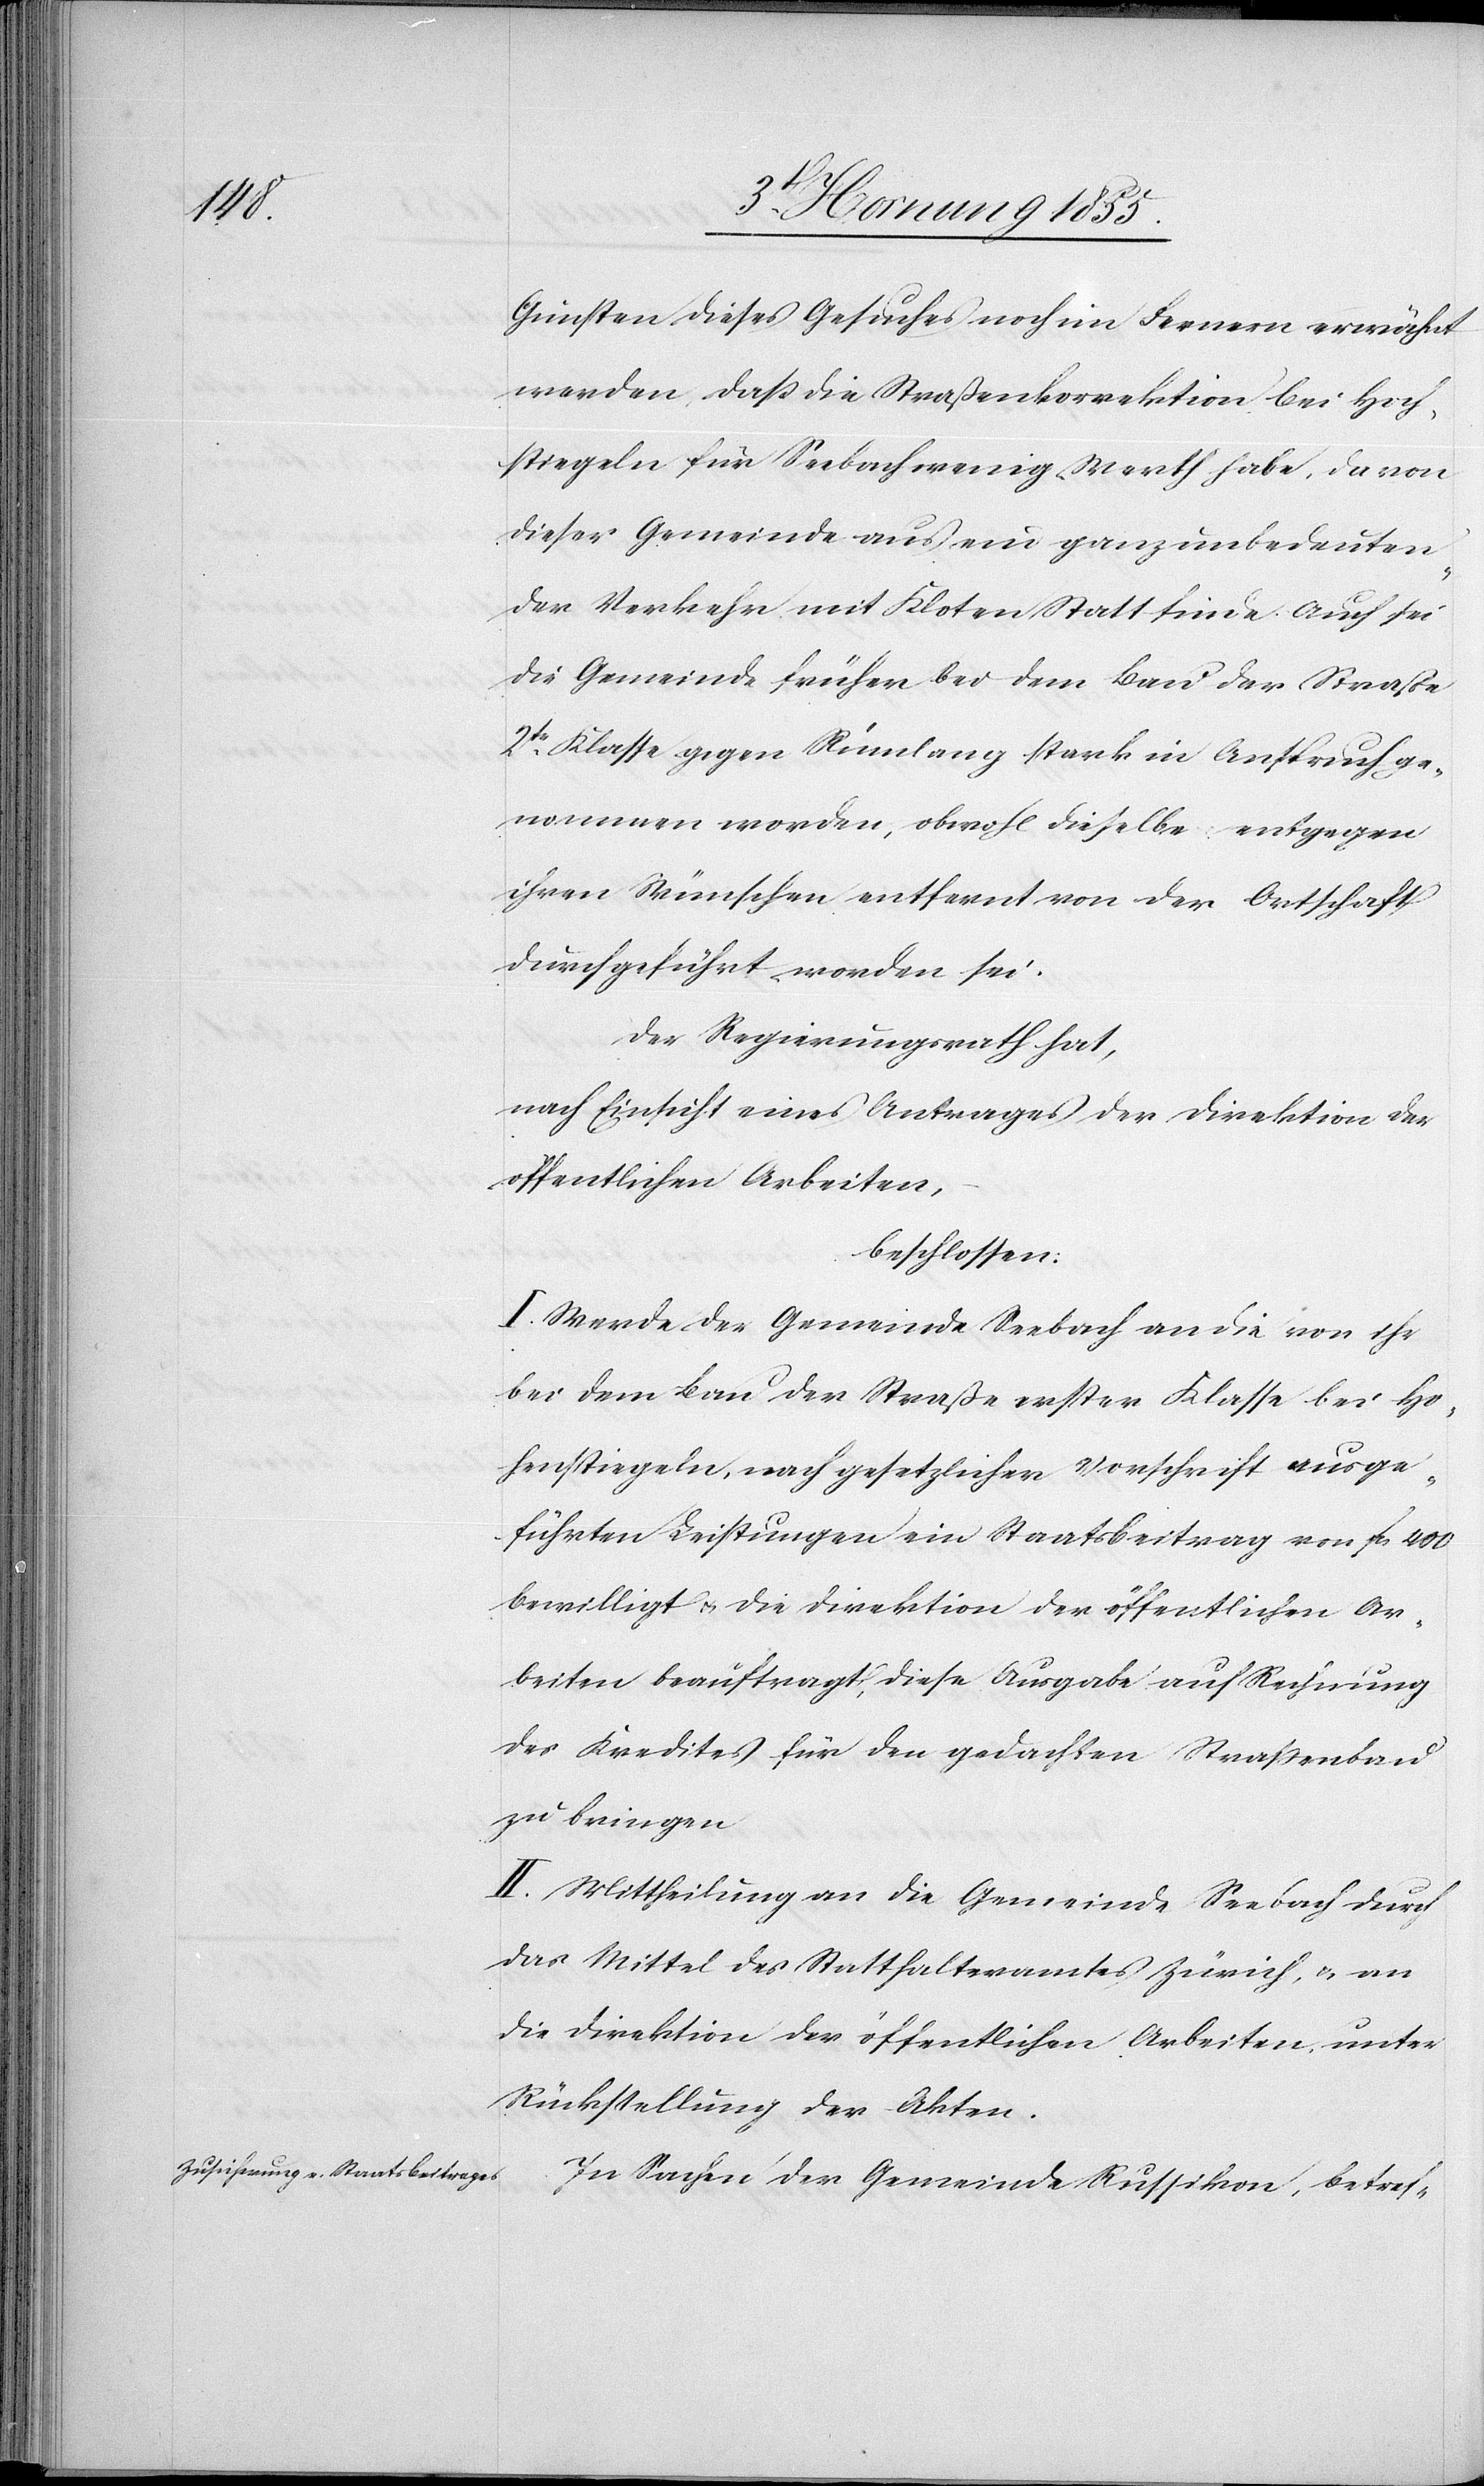
Gunsten dieses Gesuches noch im Fernern erwähnt
werden, daß die Straßenkorrektion bei Hoch¬
stiegeln für Seebach wenig Werth habe, da von
dieser Gemeinde aus ein ganz unbedeuten¬
der Verkehr mit Kloten Statt finde. Auch sei
die Gemeinde früher bei dem Bau der Strasse
2tr. Klasse gegen Rümlang stark in Anspruch ge¬
nommen worden, obwohl dieselbe entgegen
ihren Wünschen entfernt von der Ortschaft
durchgeführt worden sei.
Der Regierungsrath hat,
nach Einsicht eines Antrages der Direktion der
öffentlichen Arbeiten,
beschlossen:
I. Werde der Gemeinde Seebach an die von ihr
bei dem Bau der Straße erster Klasse bei Ho¬
henstiegeln, nach gesetzlicher Vorschrift ausge¬
führten Leistungen ein Staatsbeitrag von Fcs 400
bewilligt & die Direktion der öffentlichen Ar¬
beiten beauftragt, diese Ausgabe auf Rechnung
des Kredites für den gedachten Strassenbau
zu bringen
II. Mittheilung an die Gemeinde Seebach durch
das Mittel des Statthalteramtes Zürich, & an
die Direktion der öffentlichen Arbeiten, unter
Rückstellung der Akten.
In Sachen der Gemeinde Russikon, betref-